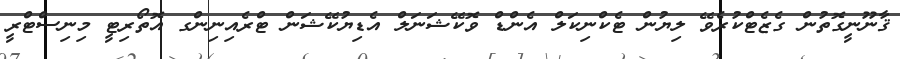
ޤާނޫނީގޮތުން ގެޒެޓްކުރެވޭ ލިޔުން ޓެކްނިކަލް އެންޑް ވޮކޭޝަނަލް އެޑިޔުކޭޝަން ޓްރެއިނިންގ އޮތޯރިޓީ މިނިސްޓްރީ